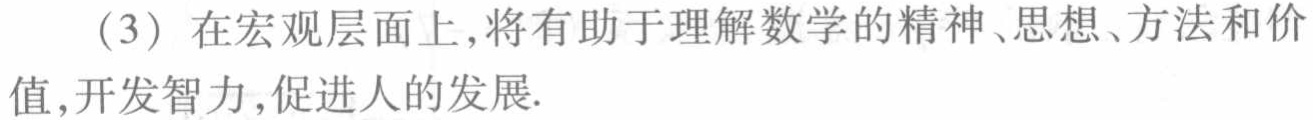
（3）在宏观层面上，将有助于理解数学的精神、思想、方法和价值,开发智力,促进人的发展.